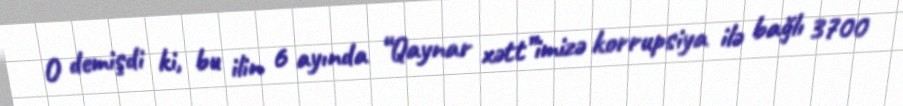
O demişdi ki, bu ilin 6 ayında “Qaynar xətt”imizə korrupsiya ilə bağlı 3700